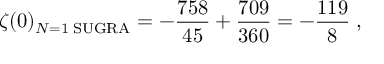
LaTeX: \zeta ( 0 ) _ { N = 1 \; { \mathrm { S U G R A } } } = - { \frac { 7 5 8 } { 4 5 } } + { \frac { 7 0 9 } { 3 6 0 } } = - { \frac { 1 1 9 } { 8 } } \; ,